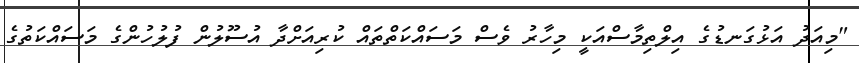
"މިއަދު އަޅުގަނޑުގެ އިލްތިމާސްއަކީ މިހާރު ވެސް މަސައްކަތްތައް ކުރިއަށްދާ އުސޫލުން ފުލުހުންގެ މަސައްކަތުގެ